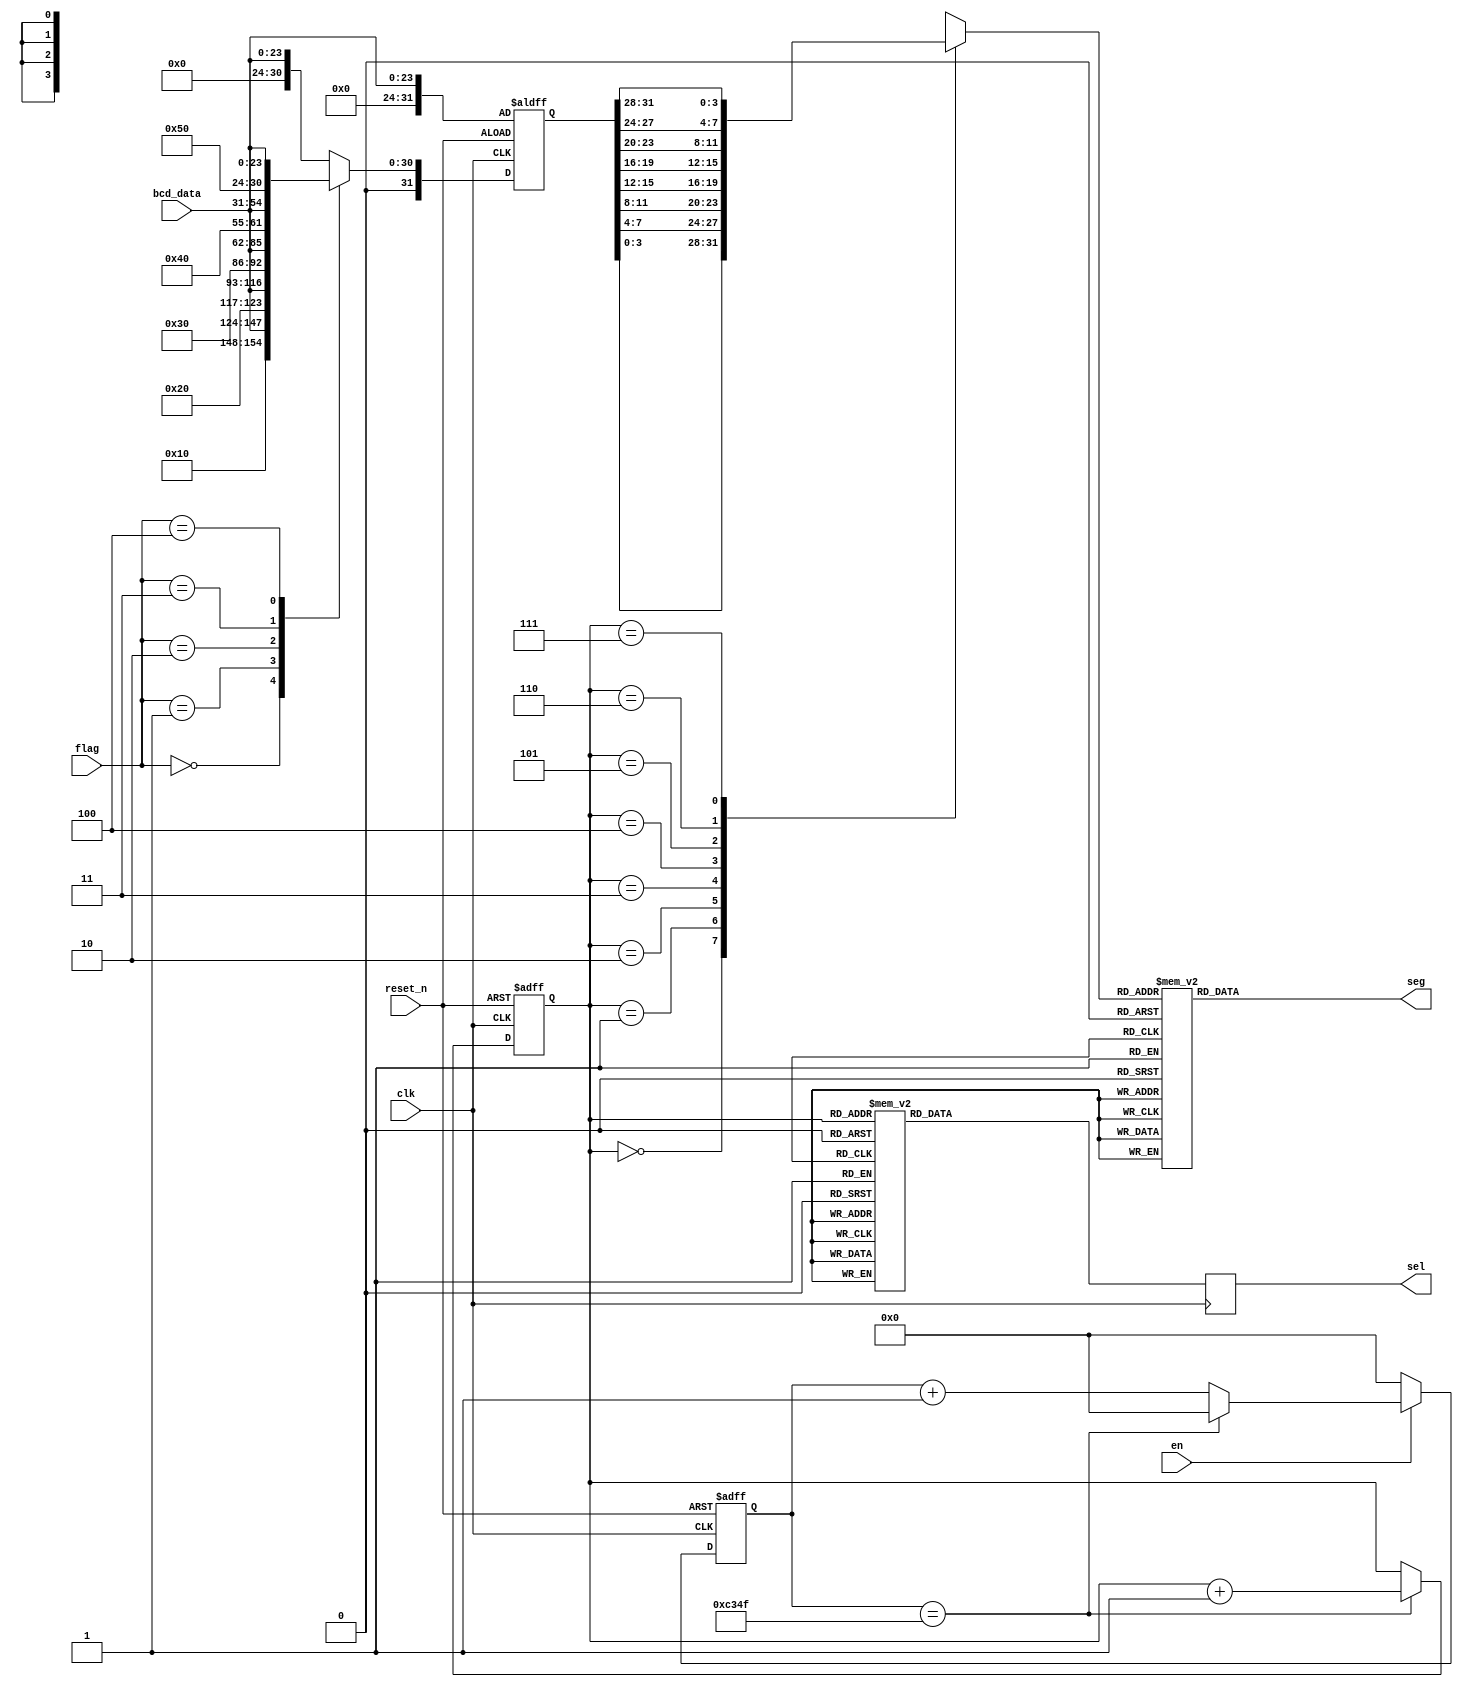
`timescale 1ns / 1ps
//////////////////////////////////////////////////////////////////////////////////
// Company: 
// Engineer: 
// 
// Design Name: 
// Module Name: hex8
// Project Name: 
// Target Devices: 
// Tool Versions: 
// Description: 
// 
// Dependencies: 
// 
// Revision:
// Revision 0.01 - File Created
// Additional Comments:
// 
//////////////////////////////////////////////////////////////////////////////////

module hex8(
	input wire clk,	//50M
	input wire reset_n,
	input wire en,//10
	input wire   [23:0]  bcd_data,
	input wire [2:0] flag,
	
	output reg [7:0] sel,//
	output reg [7:0] seg//
);
    wire reset;
	assign reset=~reset_n;
	
    reg [31:0] disp_data;
    
always@(posedge clk or negedge reset_n)
    if(!reset_n)
        disp_data <={8'd0,bcd_data};
    else
        case (flag)
            3'd0: disp_data <= {4'd1,4'd0,bcd_data};
            3'd1: disp_data <= {4'd2,4'd0,bcd_data};
            3'd2: disp_data <= {4'd3,4'd0,bcd_data};
            3'd3: disp_data <= {4'd4,4'd0,bcd_data};
            3'd4: disp_data <= {4'd5,4'd0,bcd_data};
            default: disp_data <= {8'd0,bcd_data};
        endcase
	
	parameter CLOCK_FREQ = 50_000_000;
	parameter TURE_FREQ = 1000;
	parameter MCNT = CLOCK_FREQ/TURE_FREQ -1;
	
	reg [29:0]divider_cnt;//25000-1
	reg [3:0]data_tmp;//

//	
	always@(posedge clk or posedge reset)
	if(reset)
		divider_cnt <= 30'd0;
	else if(!en)
		divider_cnt <= 30'd0;
	else if(divider_cnt == MCNT)
		divider_cnt <= 30'd0;
	else
		divider_cnt <= divider_cnt + 1'b1;
		
    reg [2:0] cnt_sel;
	always@(posedge clk or posedge reset)
	if(reset)
	   cnt_sel <= 0;
    else if(divider_cnt == MCNT)
        cnt_sel <= cnt_sel + 1'd1;

    always@(posedge clk)
        case(cnt_sel)
            0:sel <= 8'b0000_0001;
            1:sel <= 8'b0000_0010;
            2:sel <= 8'b0000_0100;           
            3:sel <= 8'b0000_1000;
            4:sel <= 8'b0001_0000;
            5:sel <= 8'b0010_0000;
            6:sel <= 8'b0100_0000;
            7:sel <= 8'b1000_0000;
        endcase

	always@(*)
		case(cnt_sel)
			0:data_tmp = disp_data[3:0];
			1:data_tmp = disp_data[7:4];
			2:data_tmp = disp_data[11:8];
			3:data_tmp = disp_data[15:12];
			4:data_tmp = disp_data[19:16];
			5:data_tmp = disp_data[23:20];
			6:data_tmp = disp_data[27:24];
			7:data_tmp = disp_data[31:28];
			default:data_tmp = 4'b0000;
		endcase
		
	always@(*)
		case(data_tmp)
			4'h0:seg = 8'b1100_0000;
			4'h1:seg = 8'b1111_1001;
			4'h2:seg = 8'b1010_0100;
			4'h3:seg = 8'b1011_0000;
			4'h4:seg = 8'b1001_1001;
			4'h5:seg = 8'b1001_0010;
			4'h6:seg = 8'b1000_0010;
			4'h7:seg = 8'b1111_1000;
			4'h8:seg = 8'b1000_0000;
			4'h9:seg = 8'b1001_0000;
			4'ha:seg = 8'b1000_1000;
			4'hb:seg = 8'b1000_0011;
			4'hc:seg = 8'b1100_0110;
			4'hd:seg = 8'b1010_0001;
			4'he:seg = 8'b1000_0110;
			4'hf:seg = 8'b1000_1110;
		endcase

endmodule